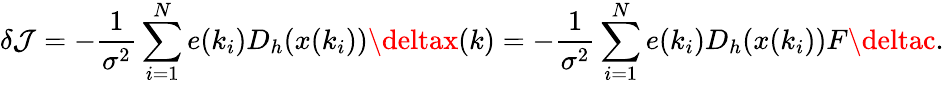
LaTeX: \delta\mathcal{J}=-\frac{{1}}{{\sigma^{2}}}\sum_{i=1}^{N}e(k_{i})D_{h}(x(k_{i}))\deltax(k)=-\frac{{1}}{{\sigma^{2}}}\sum_{i=1}^{N}e(k_{i})D_{h}(x(k_{i}))F\deltac.